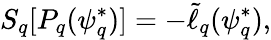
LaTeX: S_{q}[P_{q}({\psi_{q}^{*}})]=-\tilde{\ell}_{q}(\psi_{q}^{*}),